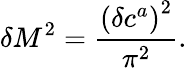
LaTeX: \delta M^{2}=\frac{\left(\delta c^{a}\right)^{2}}{\pi^{2}}.